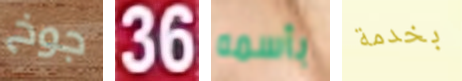
جوخ 36 بأسمه بخدمة